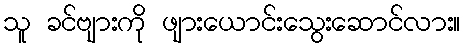
သူ ခင်ဗျားကို ဖျားယောင်းသွေးဆောင်လား။